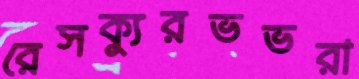
রেসক্যুরভভরা